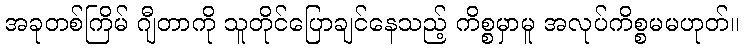
အခုတစ်ကြိမ် ဂျီတာကို သူတိုင်ပြောချင်နေသည့် ကိစ္စမှာမူ အလုပ်ကိစ္စမမဟုတ်။